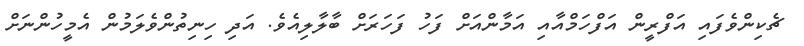
ޗެކިންވެފައި އަފްރީން އަފްހަމްއާއި އަމާންއަށް ފަހު ފަހަރަށް ބާލާލިއެވެ. އަދި ހިނިތުންވެލަމުން އެމީހުންނަށް